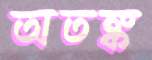
অতঙ্ক